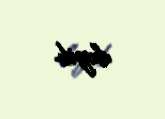
deyib.